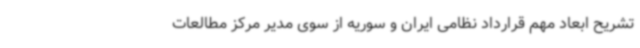
تشریح ابعاد مهم قرارداد نظامی ایران و سوریه از سوی مدیر مرکز مطالعات